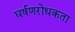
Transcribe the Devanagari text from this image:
घर्षणरोधकता